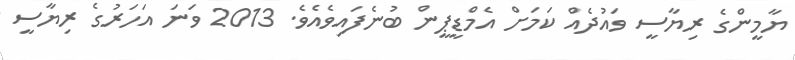
ޔާމީންގެ ރިޔާސީ ވައުދެއް ކަމަށް އެމްޑީޕީން ބުނެފައިވެއެވެ. 2013 ވަނަ އަހަރުގެ ރިޔާސީ